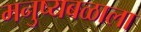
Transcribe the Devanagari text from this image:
मनुष्यबळाला